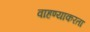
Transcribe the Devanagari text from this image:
वाहण्याकरता